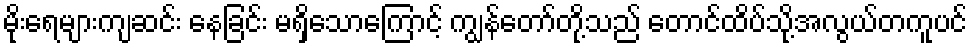
မိုးရေများကျဆင်း နေခြင်း မရှိသောကြောင့် ကျွန်တော်တို့သည် တောင်ထိပ်သို့အလွယ်တကူပင်